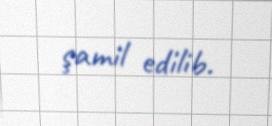
şamil edilib.